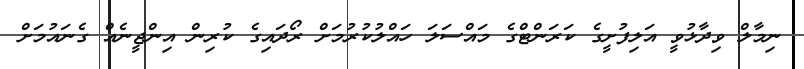
ނިމާލް ވިދާޅުވީ އަލިފުށީގެ ކަރަންޓްގެ މައްސަލަ ހައްލުކުރުމަށް ރޯދައިގެ ކުރިން އިންޖީނެއް ގެނައުމަށް